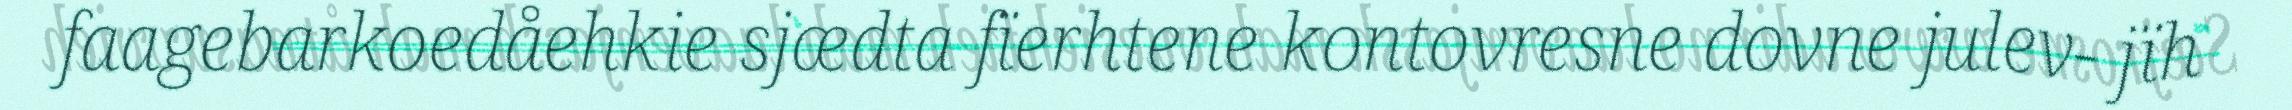
faagebarkoedåehkie sjædta fïerhtene kontovresne dovne julev- jïh